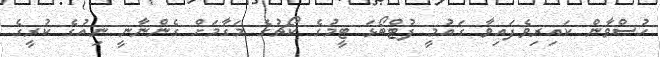
ހުސްވާން ކައިރިވެފައިވާ ގައުމީ ފުޓްބޯޅަ ޓީމުގެ ކޯޗުގެ މަގާމަށް ގެންނާނީ ނިއުގެ ކުރީގެ